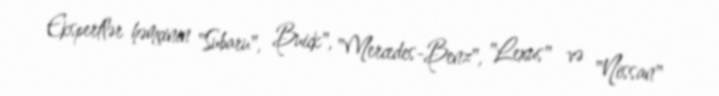
Ekspertlər həmçinin "Subaru", Buick", "Mercedes-Benz", "Lexus" və "Nissan"